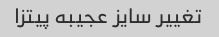
تغییر سایز عجیبه پیتزا